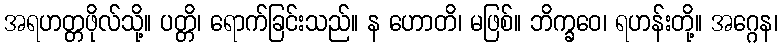
အရဟတ္တဖိုလ်သို့။ ပတ္တိ၊ ရောက်ခြင်းသည်။ န ဟောတိ၊ မဖြစ်။ ဘိက္ခဝေ၊ ရဟန်းတို့။ အဂ္ဂေန၊